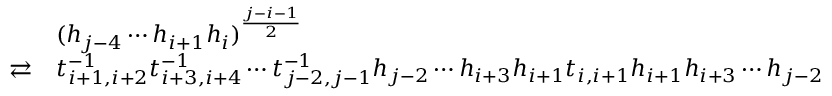
\begin{array} { r l } & { ( h _ { j - 4 } \cdots h _ { i + 1 } h _ { i } ) ^ { \frac { j - i - 1 } { 2 } } } \\ { \rightleftarrows } & { t _ { i + 1 , i + 2 } ^ { - 1 } t _ { i + 3 , i + 4 } ^ { - 1 } \cdots t _ { j - 2 , j - 1 } ^ { - 1 } h _ { j - 2 } \cdots h _ { i + 3 } h _ { i + 1 } t _ { i , i + 1 } h _ { i + 1 } h _ { i + 3 } \cdots h _ { j - 2 } } \end{array}